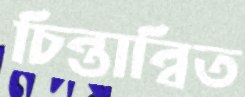
চিন্তান্বিত